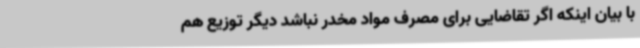
با بیان اینکه اگر تقاضایی برای مصرف مواد مخدر نباشد دیگر توزیع هم